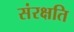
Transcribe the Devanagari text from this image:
संरक्षति